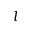
l